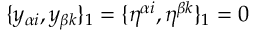
\{ y _ { \alpha i } , y _ { \beta k } \} _ { 1 } = \{ \eta ^ { \alpha i } , \eta ^ { \beta k } \} _ { 1 } = 0